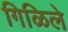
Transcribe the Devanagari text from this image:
गिळिले